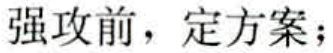
强攻前，定方案；